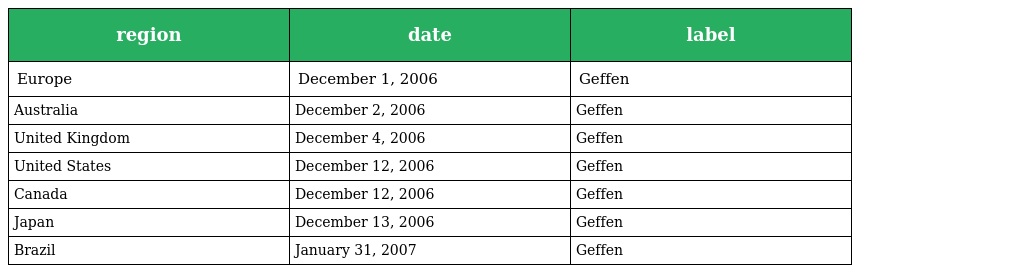
| region | date | label |
 | --- | --- | --- |
 | Europe | December 1, 2006 | Geffen |
 | Australia | December 2, 2006 | Geffen |
 | United Kingdom | December 4, 2006 | Geffen |
 | United States | December 12, 2006 | Geffen |
 | Canada | December 12, 2006 | Geffen |
 | Japan | December 13, 2006 | Geffen |
 | Brazil | January 31, 2007 | Geffen |